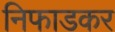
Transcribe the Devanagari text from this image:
निफाडकर